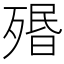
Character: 㱪